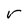
Character: r